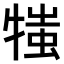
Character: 𤚍